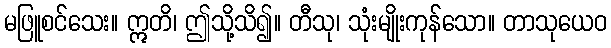
မဖြူစင်သေး။ ဣတိ၊ ဤသို့သိ၍။ တီသု၊ သုံးမျိုးကုန်သော။ တာသုယေဝ